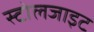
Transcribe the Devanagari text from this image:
स्टोलजाइट